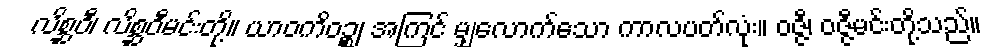
လိစ္ဆဝီ၊ လိစ္ဆဝီမင်းတို့။ ယာဝကိဝဉ္စ၊ အကြင် မျှလောက်သော ကာလပတ်လုံး။ ဝဇ္ဇီ၊ ဝဇ္ဇီမင်းတို့သည်။